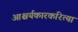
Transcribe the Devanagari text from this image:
आश्चर्यकारकरित्या